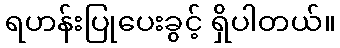
ရဟန်းပြုပေးခွင့် ရှိပါတယ်။